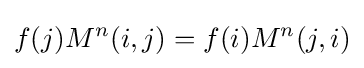
f(j)M^{n}(i,j)=f(i)M^{n}(j,i)